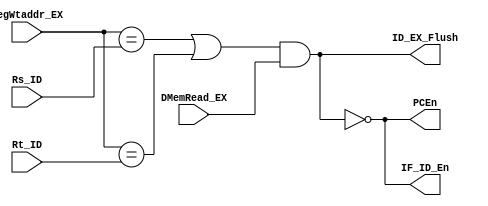
`timescale 1ns / 1ps
module hazard(//LWID,bubble 
    input [4:0] Rs_ID, Rt_ID, 
    input [4:0] RegWtaddr_EX, 
    input DMemRead_EX, 
    output PCEn, IF_ID_En, ID_EX_Flush 
); 
    assign ID_EX_Flush = ((RegWtaddr_EX == Rs_ID) || (RegWtaddr_EX == Rt_ID)) && DMemRead_EX;//1 
    assign IF_ID_En = ~ID_EX_Flush;//0 
    assign PCEn = ~ID_EX_Flush;//0 
endmodule